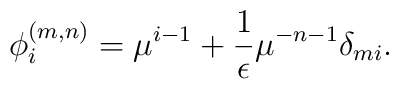
\phi_{i}^{(m,n)} = \mu^{i-1}+ \frac{1}{\epsilon}\mu^{-n-1}\delta_{mi}.